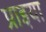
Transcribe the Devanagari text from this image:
प्राइया